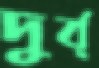
দুর্ব্